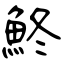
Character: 鮗